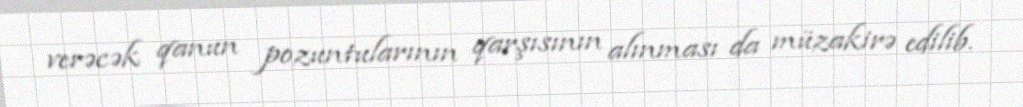
verəcək qanun pozuntularının qarşısının alınması da müzakirə edilib.